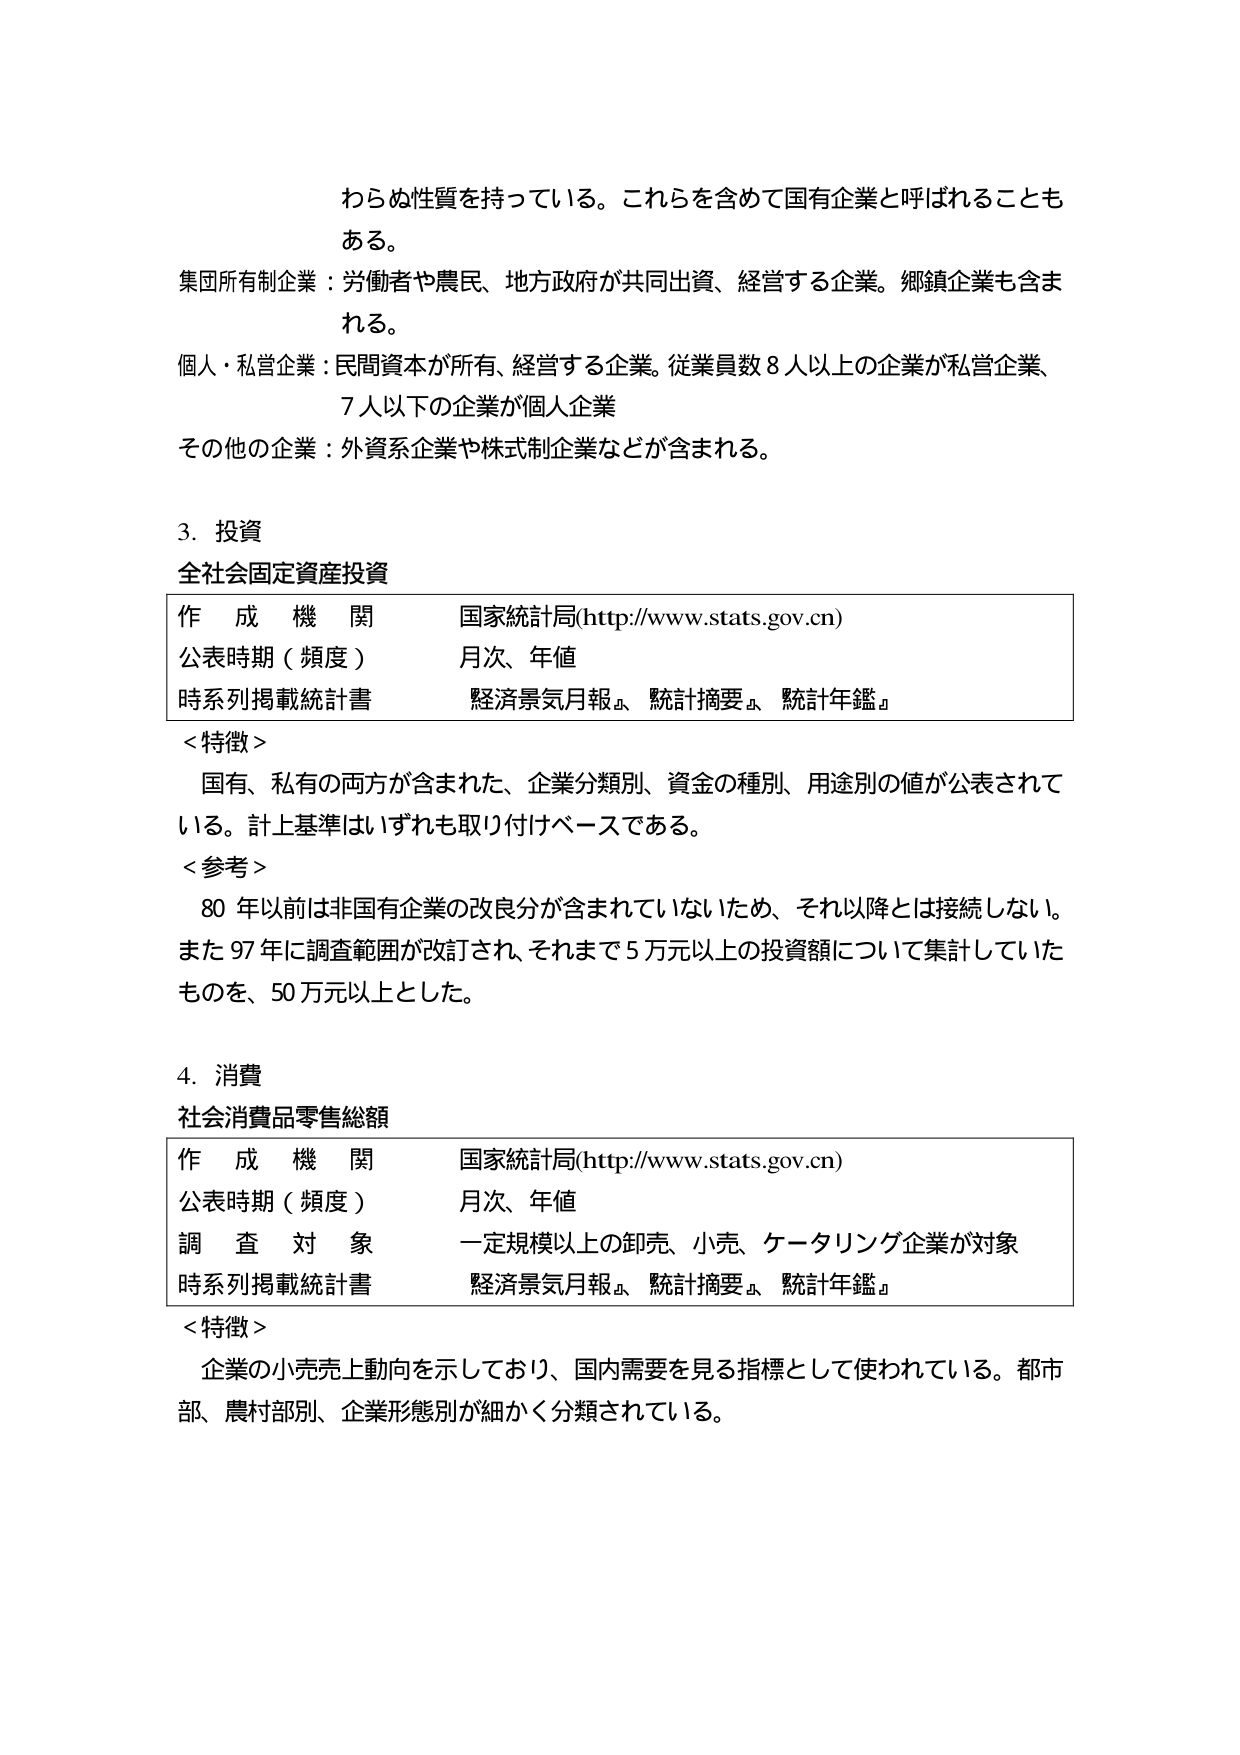
わらぬ性質を持っている。これらを含めて国有企業と呼ばれることも
ある。
集団所有制企業：労働者や農民、地方政府が共同出資、経営する企業。郷鎮企業も含ま
れる。
個人・私営企業：民間資本が所有、経営する企業。従業員数８人以上の企業が私営企業、
７人以下の企業が個人企業
その他の企業：外資系企業や株式制企業などが含まれる。

３．投資
全社会固定資産投資
作成機関 国家統計局(http://www.stats.gov.cn)
公表時期（頻度） 月次、年値
時系列掲載統計書 経済景気月報』、統計摘要』、統計年鑑』
＜特徴＞
国有、私有の両方が含まれた、企業分類別、資金の種別、用途別の値が公表されて
いる。計上基準はいずれも取り付けベースである。
＜参考＞
80年以前は非国有企業の改良分が含まれていないため、それ以降とは接続しない。
また97年に調査範囲が改訂され、それまで5万元以上の投資額について集計していた
ものを、50万元以上とした。

４．消費
社会消費品零售総額
作成機関 国家統計局(http://www.stats.gov.cn)
公表時期（頻度） 月次、年値
調査対象 一定規模以上の卸売、小売、ケータリング企業が対象
時系列掲載統計書 経済景気月報』、統計摘要』、統計年鑑』
＜特徴＞
企業の小売売上動向を示しており、国内需要を見る指標として使われている。都市
部、農村部別、企業形態別が細かく分類されている。